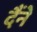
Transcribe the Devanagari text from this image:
दैंने